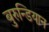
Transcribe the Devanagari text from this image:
बुरुन्डियान